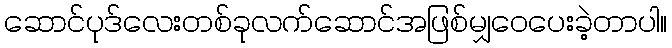
ဆောင်ပုဒ်လေးတစ်ခုလက်ဆောင်အဖြစ်မျှဝေပေးခဲ့တာပါ။